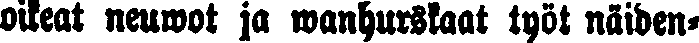
oikeat neuwot ja wanhurskaat työt näiden-